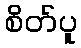
စိတ်ပူ